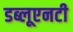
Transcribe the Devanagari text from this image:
डब्लूएनटी